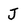
Character: J